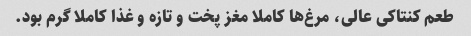
طعم کنتاکی عالی، مرغ‌ها کاملا مغز پخت و تازه و غذا کاملا گرم بود.